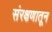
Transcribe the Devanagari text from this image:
संरक्षणातून